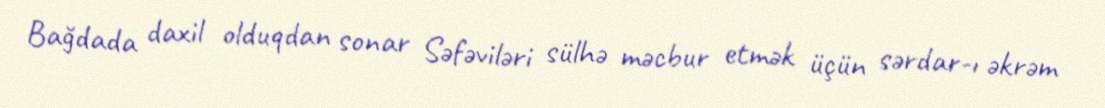
Bağdada daxil olduqdan sonar Səfəviləri sülhə məcbur etmək üçün sərdar-ı əkrəm